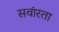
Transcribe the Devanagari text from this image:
सवांरता